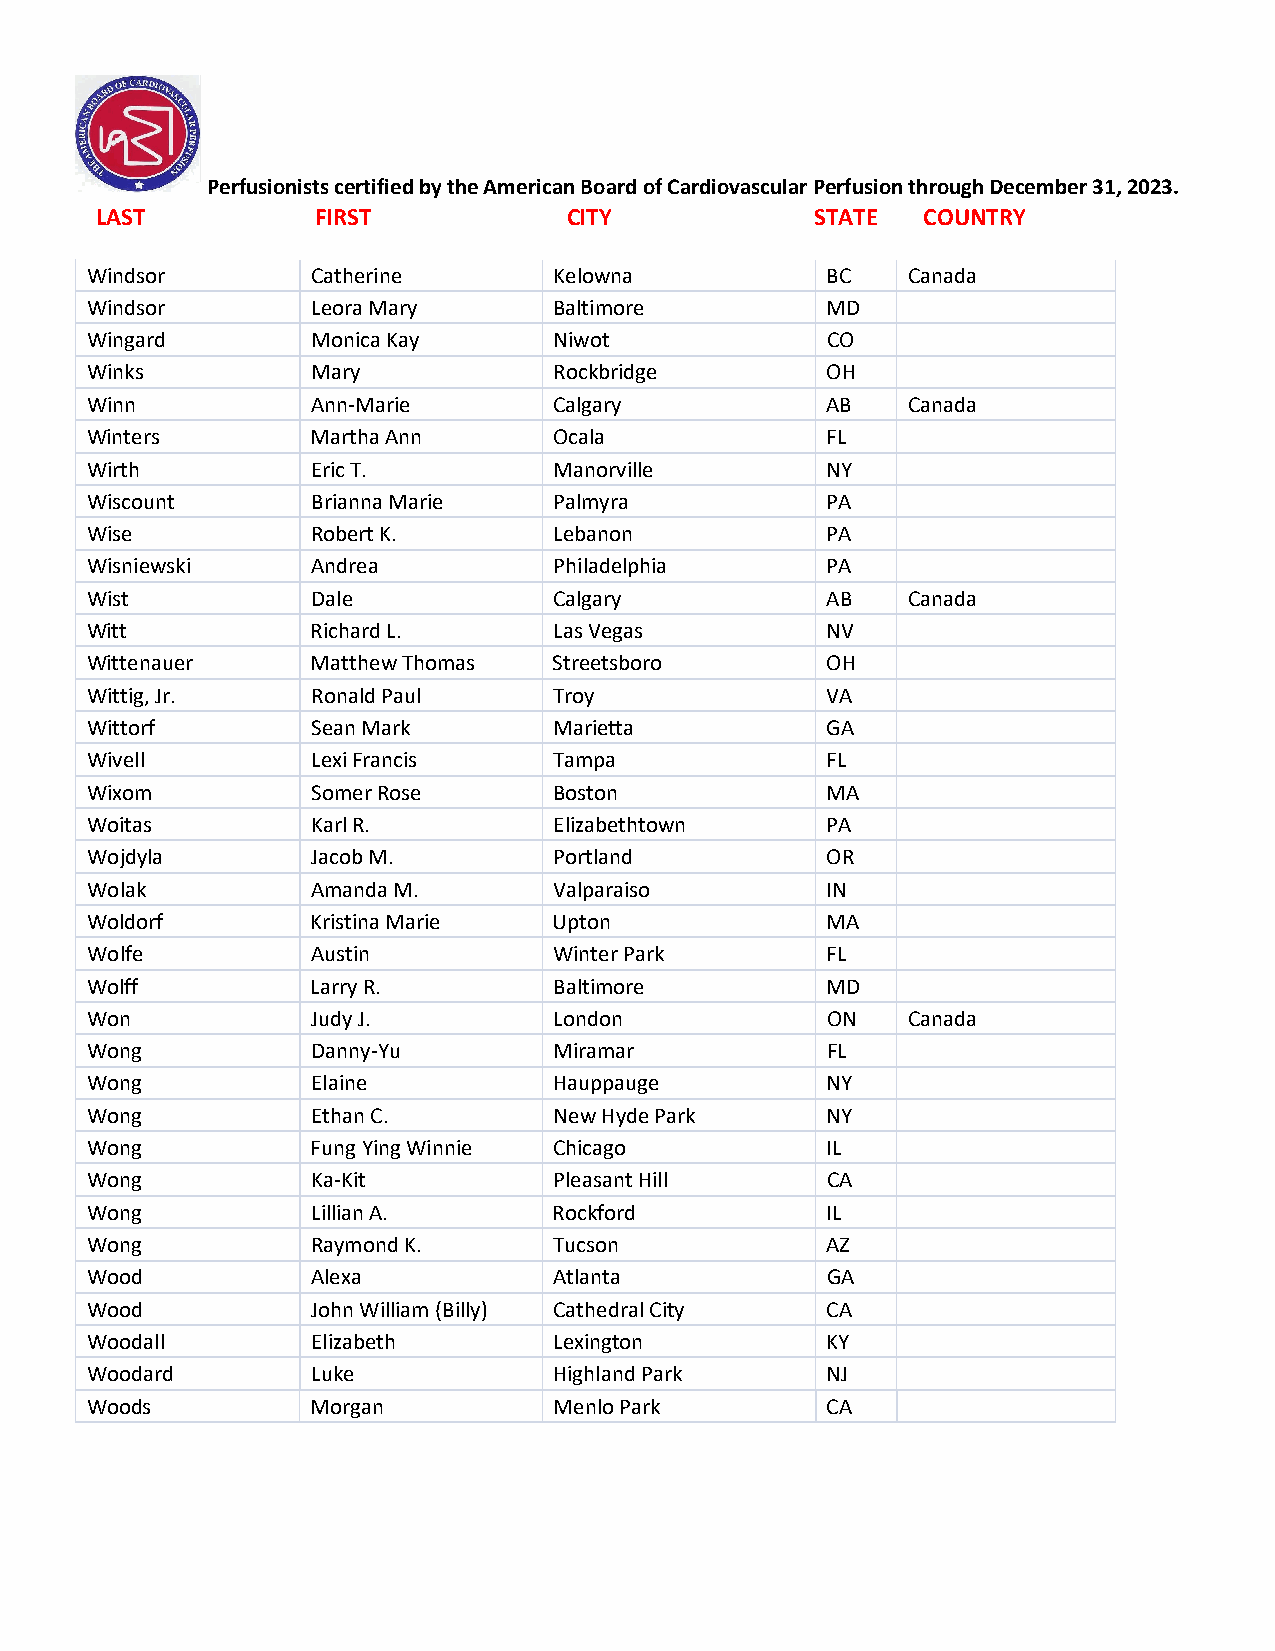
Perfusionists certified by the American Board of Cardiovascular Perfusion through December 31, 2023.
 LAST           FIRST            CITY            STATE  COUNTRY
 Windsor        Catherine       Kelowna           BC   Canada
 Windsor        Leora Mary      Baltimore         MD
 Wingard        Monica Kay      Niwot             CO
 Winks          Mary            Rockbridge        OH
 Winn           Ann-Marie       Calgary           AB   Canada
 Winters        Martha Ann      Ocala             FL
 Wirth          Eric T.         Manorville        NY
 Wiscount       Brianna Marie   Palmyra           PA
 Wise           Robert K.       Lebanon           PA
 Wisniewski     Andrea          Philadelphia      PA
 Wist           Dale            Calgary           AB   Canada
 Witt           Richard L.      Las Vegas         NV
 Wittenauer     Matthew Thomas  Streetsboro       OH
 Wittig, Jr.    Ronald Paul     Troy              VA
 Wittorf        Sean Mark       Marietta          GA
 Wivell         Lexi Francis    Tampa             FL
 Wixom          Somer Rose      Boston            MA
 Woitas         Karl R.         Elizabethtown     PA
 Wojdyla        Jacob M.        Portland          OR
 Wolak          Amanda M.       Valparaiso        IN
 Woldorf        Kristina Marie  Upton             MA
 Wolfe          Austin          Winter Park       FL
 Wolff          Larry R.        Baltimore         MD
 Won            Judy J.         London            ON   Canada
 Wong           Danny-Yu        Miramar           FL
 Wong           Elaine          Hauppauge         NY
 Wong           Ethan C.        New Hyde Park     NY
 Wong           Fung Ying Winnie Chicago          IL
 Wong           Ka-Kit          Pleasant Hill     CA
 Wong           Lillian A.      Rockford          IL
 Wong           Raymond K.      Tucson            AZ
 Wood           Alexa           Atlanta           GA
 Wood           John William (Billy) Cathedral City CA
 Woodall        Elizabeth       Lexington         KY
 Woodard        Luke            Highland Park     NJ
 Woods          Morgan          Menlo Park        CA